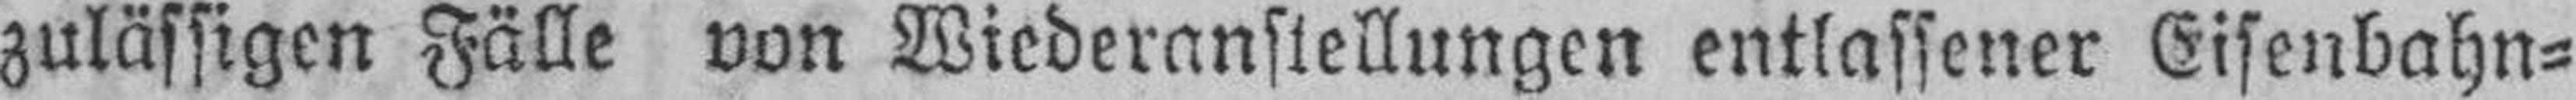
zulässigen Fälle von Wiederanstellungen entlassener Eisenbahn¬